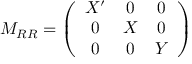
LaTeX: M _ { R R } = \left( \begin{array} { c c c } { { X ^ { \prime } } } & { { 0 } } & { { 0 } } \\ { { 0 } } & { { X } } & { { 0 } } \\ { { 0 } } & { { 0 } } & { { Y } } \end{array} \right)